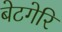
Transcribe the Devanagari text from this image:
बेटगेरि